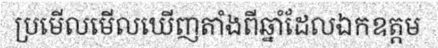
ប្រមើលមើលឃើញតាំងពីឆ្នាំដែលឯកឧត្តម